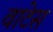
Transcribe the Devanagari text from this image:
वाटेस